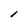
Character: l